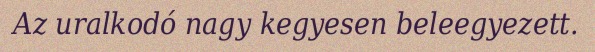
Az uralkodó nagy kegyesen beleegyezett.